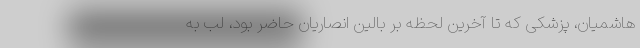
هاشمیان، پزشکی که تا آخرین لحظه بر بالین انصاریان حاضر بود، لب به